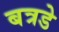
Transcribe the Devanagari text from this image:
बत्रडे